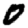
Digit: 0